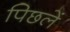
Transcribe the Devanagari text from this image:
पिछलें